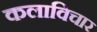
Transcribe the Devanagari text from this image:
कलाविचार